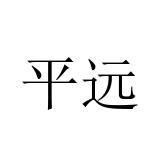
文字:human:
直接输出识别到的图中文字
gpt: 平远